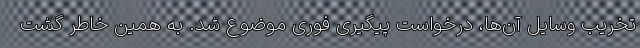
تخریب وسایل آن‌ها، درخواست پیگیری فوری موضوع شد. به همین خاطر گشت